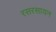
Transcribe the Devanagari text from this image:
रसरसायन